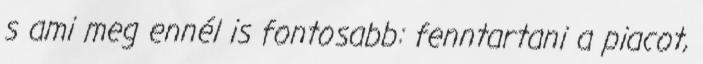
s ami meg ennél is fontosabb: fenntartani a piacot,